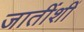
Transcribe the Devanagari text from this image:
जातींशीं